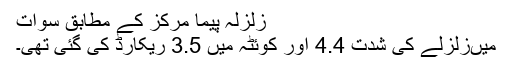
زلزلہ پیما مرکز کے مطابق سوات
میںزلزلے کی شدت 4.4 اور کوئٹہ میں 3.5 ریکارڈ کی گئی تھی۔